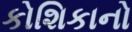
કોશિકાનો